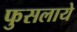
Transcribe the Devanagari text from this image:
फुसलाये